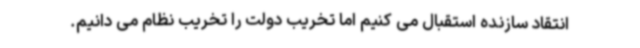
انتقاد سازنده استقبال می کنیم اما تخریب دولت را تخریب نظام می دانیم.